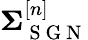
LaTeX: \boldsymbol{\Sigma}_{\mathrm{~S~G~N~}}^{[n]}